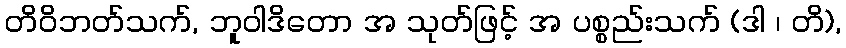
တိဝိဘတ်သက်, ဘူဝါဒိတော အ သုတ်ဖြင့် အ ပစ္စည်းသက် (ဒါ ၊ တိ),